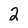
Character: 2